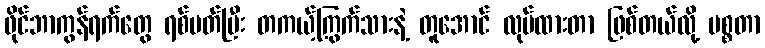
ဖိုင်ဘာကွန်ရက်တွေ ရစ်ပတ်ပြီး တကယ့်ကြွက်သားနဲ့ တူအောင် လုပ်ထားတာ ဖြစ်တယ်လို့ မစ္စတာ